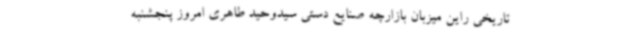
تاریخی راین میزبان بازارچه صنایع دستی سیدوحید طاهری امروز پنجشنبه